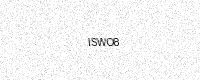
Text: ISWO8